Vaccination in the Punjab 1919-1929 - 1919-1929
Year: 1919
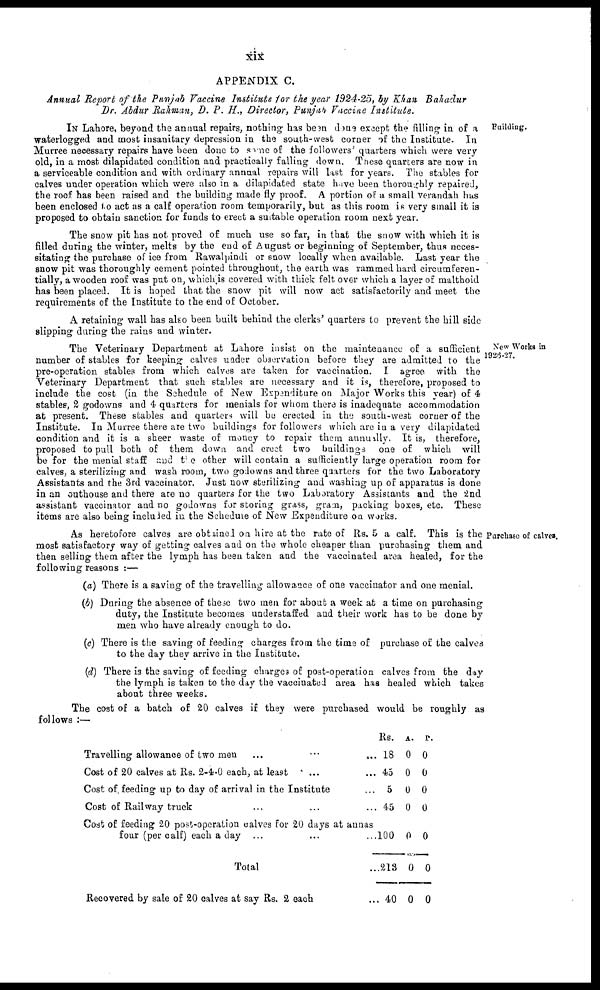
xix
APPENDIX C.
Annual Report of the Punjab Vaccine Institute for the year 1924-25, by Khan Bahadur
Dr. Abdur Rahman, D. P. H., Director, Punjab Vaccine Institute.
Building.
IN Lahore, beyond the annual repairs, nothing has been done except the filling in of a
waterlogged and most insanitary depression in the south-west corner of the Institute. In
Murree necessary repairs have been done to some of the followers' quarters which were very
old, in a most dilapidated condition and practically falling down. These quarters are now in
a serviceable condition and with ordinary annual repairs will last for years. The stables for
calves under operation which were also in a dilapidated state have been thoroughly repaired,
the roof has been raised and the building made fly proof. A portion of a small verandah has
been enclosed to act as a calf operation room temporarily, but as this room is very small it is
proposed to obtain sanction for funds to erect a suitable operation room next year.
The snow pit has not proved of much use so far, in that the snow with which it is
filled during the winter, melts by the end of August or beginning of September, thus neces-
sitating the purchase of ice from Rawalpindi or snow locally when available. Last year the
snow pit was thoroughly cement pointed throughout, the earth was rammed hard circumferen¬
tially, a wooden roof was put on, which is covered with thick felt over which a layer of malthoid
has been placed. It is hoped that the snow pit will now act satisfactorily and meet the
requirements of the Institute to the end of October.
A retaining wall has also been built behind the clerks' quarters to prevent the hill side
slipping during the rains and winter.
New Works in
1926-27.
The Veterinary Department at Lahore insist on the maintenance of a sufficient
number of stables for keeping calves under observation before they are admitted to the
pre-operation stables from which calves are taken for vaccination. I agree with the
Veterinary Department that such stables are necessary and it is, therefore, proposed to
include the cost (in the Schedule of New Expenditure on Major Works this year) of 4
stables, 2 godowns and 4 quarters for menials for whom there is inadequate accommodation
at present. These stables and quarters will be erected in the south-west corner of the
Institute. In Murree there are two buildings for followers which are in a very dilapidated
condition and it is a sheer waste of money to repair them annually. It is, therefore,
proposed to pull both of them down and crect two buildings one of which will
be for the menial staff and the other will contain a sufficiently large operation room for
calves, a sterilizing and wash room, two godowns and three quarters for the two Laboratory
Assistants and the 3rd vaccinator. Just now sterilizing and washing up of apparatus is done
in an outhouse and there are no quarters for the two Laboratory Assistants and the 2nd
assistant vaccinator and no godowns for storing grass, gram, packing boxes, etc. These
items are also being included in the Schedule of New Expenditure on works.
Purchase of calves.
As heretofore calves are obtained on hire at the rate of Rs. 5 a calf. This is the
most satisfactory way of getting calves and on the whole cheaper than purchasing them and
then selling them after the lymph has been taken and the vaccinated area healed, for the
following reasons :—
(a) There is a saving of the travelling allowance of one vaccinator and one menial.
(b) During the absence of these two men for about a week at a time on purchasing
duty, the Institute becomes understaffed and their work has to be done by
men who have already enough to do.
(c) There is the saving of feeding charges from the time of purchase of the calves
to the day they arrive in the Institute.
(d) There is the saving of feeding charges of post-operation calves from the day
the lymph is taken to the day the vaccinated area has healed which takes
about three weeks.
The cost of a batch of 20 calves if they were purchased would be roughly as
follows :—
Travelling allowance of two men
...
... ...
Cost of 20 calves at Rs. 2-4-0 each, at least ... ...
Cost of feeding up to day of arrival in the Institute ... ...
Cost of Railway truck ... ... ...
Cost of feeding 20 post-operation calves for 20 days at annas
four (per calf) each a day ... ... ...
Total ...
Recovered by sale of 20 calves at say Rs. 2 each ...
Rs.
18
45
5
45
100
213
40
A.
0
0
0
0
0
0
0
P.
0
0
0
0
0
0
0